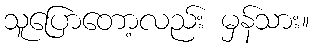
သူပြောတော့လည်း မှန်သား။